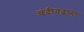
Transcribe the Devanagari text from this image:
चंदीगढच्या